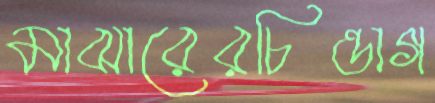
মাঝারেরচিন্তাগ